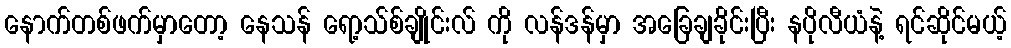
နောက်တစ်ဖက်မှာတော့ နေသန် ရော့သ်စ်ချိုင်းလ် ကို လန်ဒန်မှာ အခြေချခိုင်းပြီး နပိုလီယံနဲ့ ရင်ဆိုင်မယ့်